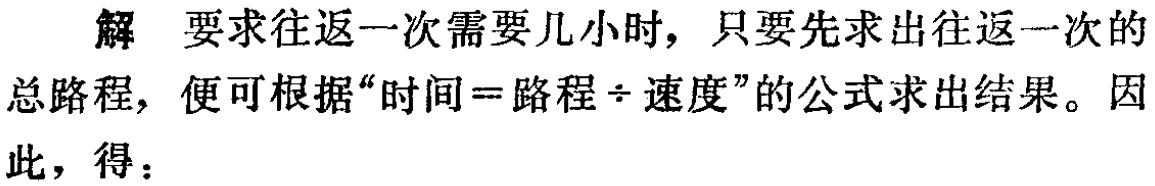
解 要求往返一次需要几小时，只要先求出往返一次的总路程，便可根据“时间=路程÷速度”的公式求出结果。因此，得：